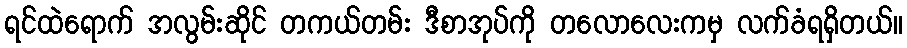
ရင်ထဲရောက် အလွမ်းဆိုင် တကယ်တမ်း ဒီစာအုပ်ကို တလောလေးကမှ လက်ခံရရှိတယ်။